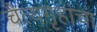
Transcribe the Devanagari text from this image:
चैत्यगृहांचा